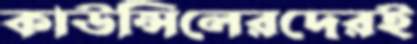
কাউন্সিলেরদেরই